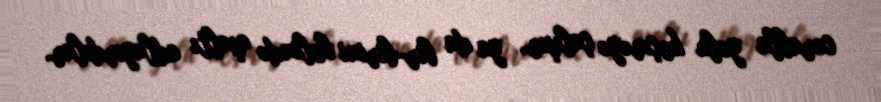
corabla yolu keçməyə çalışır, ya da bir-birini belində aşaltı adlayırdılar.